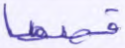
قصصا